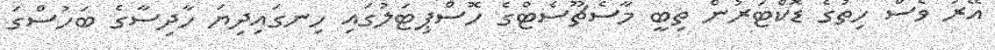
އޭރު ވެސް ހިތުގެ ޑޮކްޓަރުން ތިބީ މާސެޗޫސެޓްގެ ހޮސްޕިޓަލުގައި ހިނގައިދިޔަ ހާދިސާގެ ބަހުސްގަ